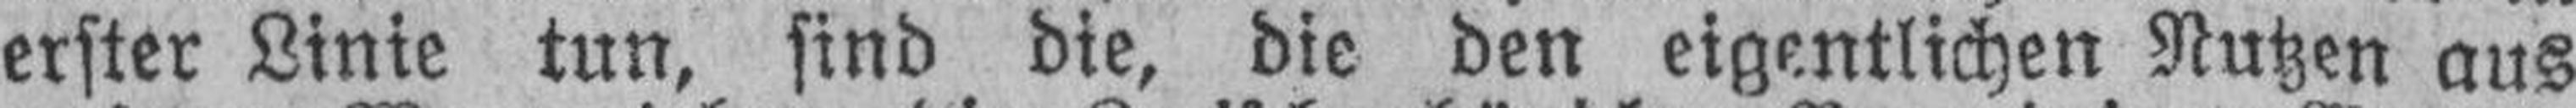
erster Linie tun, sind die, die den eigentlichen Nutzen aus